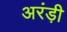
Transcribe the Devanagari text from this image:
अरंड़ी